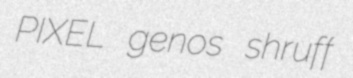
PIXEL genos shruff